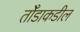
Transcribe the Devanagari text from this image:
तोँडाकडील